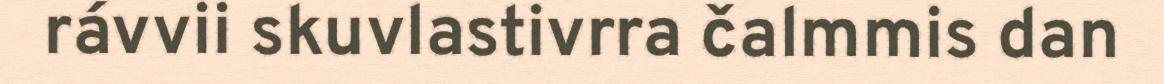
rávvii skuvlastivrra čalmmis dan